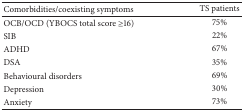
<table><thead><tr><td><b>Comorbidities/coexisting symptoms</b></td><td><b>TS patients </b></td></tr></thead><tbody><tr><td>OCB/OCD (YBOCS total score ≥16)</td><td>75%</td></tr><tr><td>SIB</td><td>22%</td></tr><tr><td>ADHD</td><td>67%</td></tr><tr><td>DSA</td><td>35%</td></tr><tr><td>Behavioural disorders</td><td>69%</td></tr><tr><td>Depression</td><td>30%</td></tr><tr><td>Anxiety</td><td>73%</td></tr></tbody></table>